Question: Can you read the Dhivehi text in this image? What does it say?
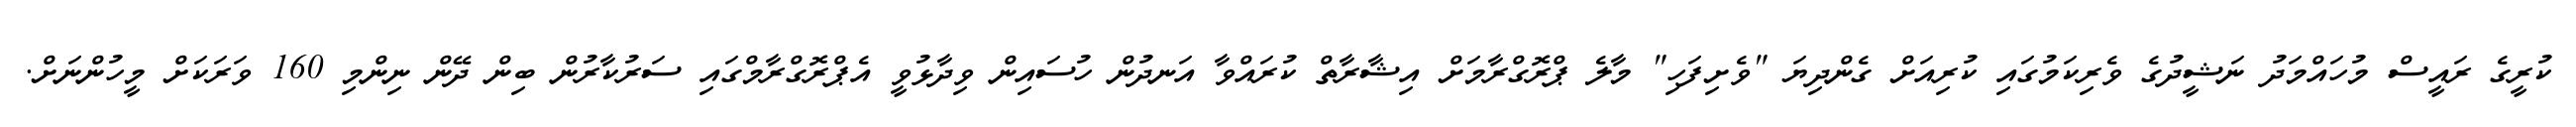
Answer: ކުރީގެ ރައީސް މުހައްމަދު ނަޝީދުގެ ވެރިކަމުގައި ކުރިއަށް ގެންދިޔަ "ވެށިފަހި" މާލެ ޕްރޮގްރާމަށް އިޝާރާތް ކުރައްވާ އަނދުން ހުސައިން ވިދާޅުވީ އެޕްރޮގްރާމްގައި ސަރުކާރުން ބިން ދޭން ނިންމި 160 ވަރަކަށް މީހުންނަށް.